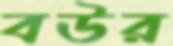
বউর